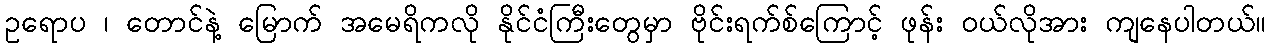
ဥရောပ ၊ တောင်နဲ့ မြောက် အမေရိကလို နိုင်ငံကြီးတွေမှာ ဗိုင်းရက်စ်ကြောင့် ဖုန်း ဝယ်လိုအား ကျနေပါတယ်။